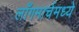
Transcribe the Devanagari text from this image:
लाँगमार्चमध्ये